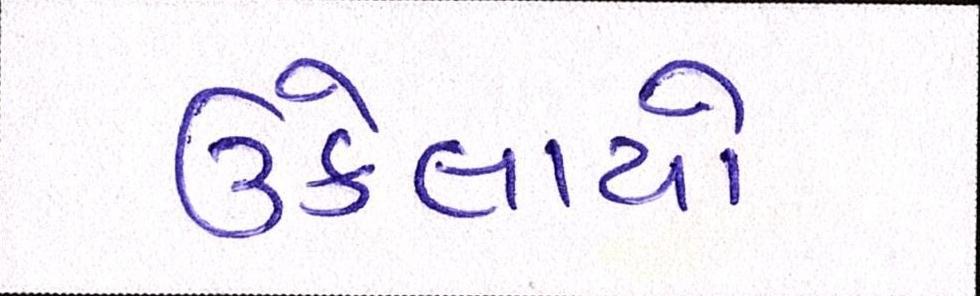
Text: ઉકેલાયો